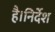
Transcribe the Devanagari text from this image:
है।निर्देश